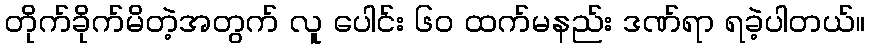
တိုက်ခိုက်မိတဲ့အတွက် လူ ပေါင်း ၆၀ ထက်မနည်း ဒဏ်ရာ ရခဲ့ပါတယ်။